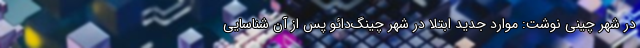
در شهر چینی نوشت: موارد جدید ابتلا در شهر چینگ‌دائو پس از آن شناسایی